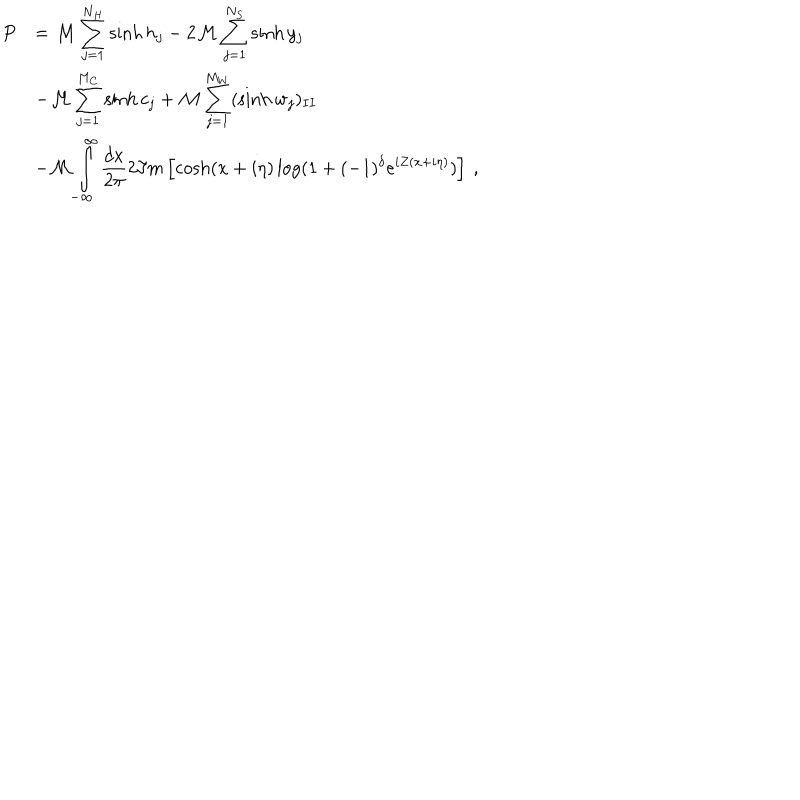
LaTeX: \begin{array} { r l } { { \displaystyle P } } & { { = { \cal M } \displaystyle \sum _ { j = 1 } ^ { N _ { H } } \sinh h _ { j } - 2 { \cal M } \displaystyle \sum _ { j = 1 } ^ { N _ { S } } \sinh y _ { j } } } \\ { { } } & { { - { \cal M } \displaystyle \sum _ { j = 1 } ^ { M _ { C } } \sinh c _ { j } + { \cal M } \displaystyle \sum _ { j = 1 } ^ { M _ { W } } ( \sinh w _ { j } ) _ { I I } } } \\ { { } } & { { - { \cal M } \displaystyle \int _ { - \infty } ^ { \infty } \displaystyle \frac { d x } { 2 \pi } 2 \Im m \left[ \cosh ( x + i \eta ) \log ( 1 + ( - 1 ) ^ { \delta } e ^ { i Z ( x + i \eta ) } ) \right] \: , } } \\ \end{array}